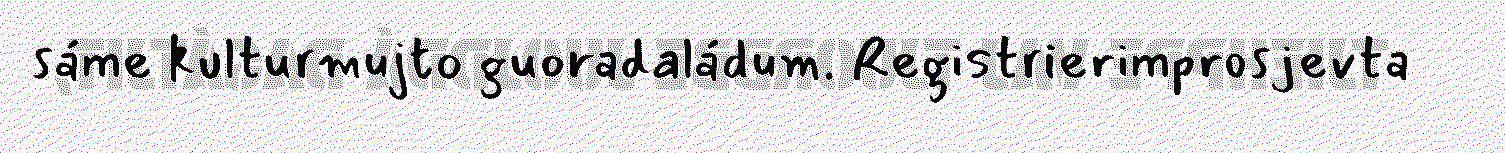
sáme kulturmujto guoradaládum. Registrierimprosjevta